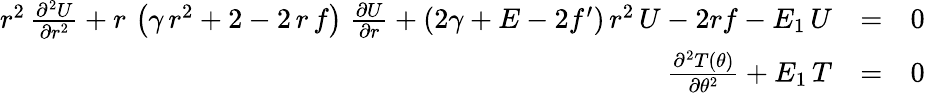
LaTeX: \begin{array}{rlr}{r^{2}\, {\frac{\partial^{2}U}{\partial r^{2}}}+r\, \left(\gamma\, r^{2}+2-2\, r\, f\right)\; {\frac{\partial U}{\partial r}}+(2\gamma+E-2f^{\prime})\, r^{2}\, U-2rf-E_{1}\, U}&{=}&{0}\\ {{\frac{\partial^{2}T(\theta)}{\partial\theta^{2}}}+E_{1}\, T}&{=}&{0}\end{array}